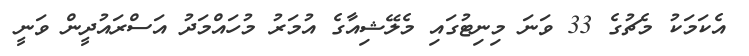
އެކަމަކު މެޗުގެ 33 ވަނަ މިނިޓުގައި މެލޭޝިއާގެ އުމަރު މުހައްމަދު އަސްރައުދީން ވަނީ